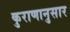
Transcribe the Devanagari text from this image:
कुराणानुसार